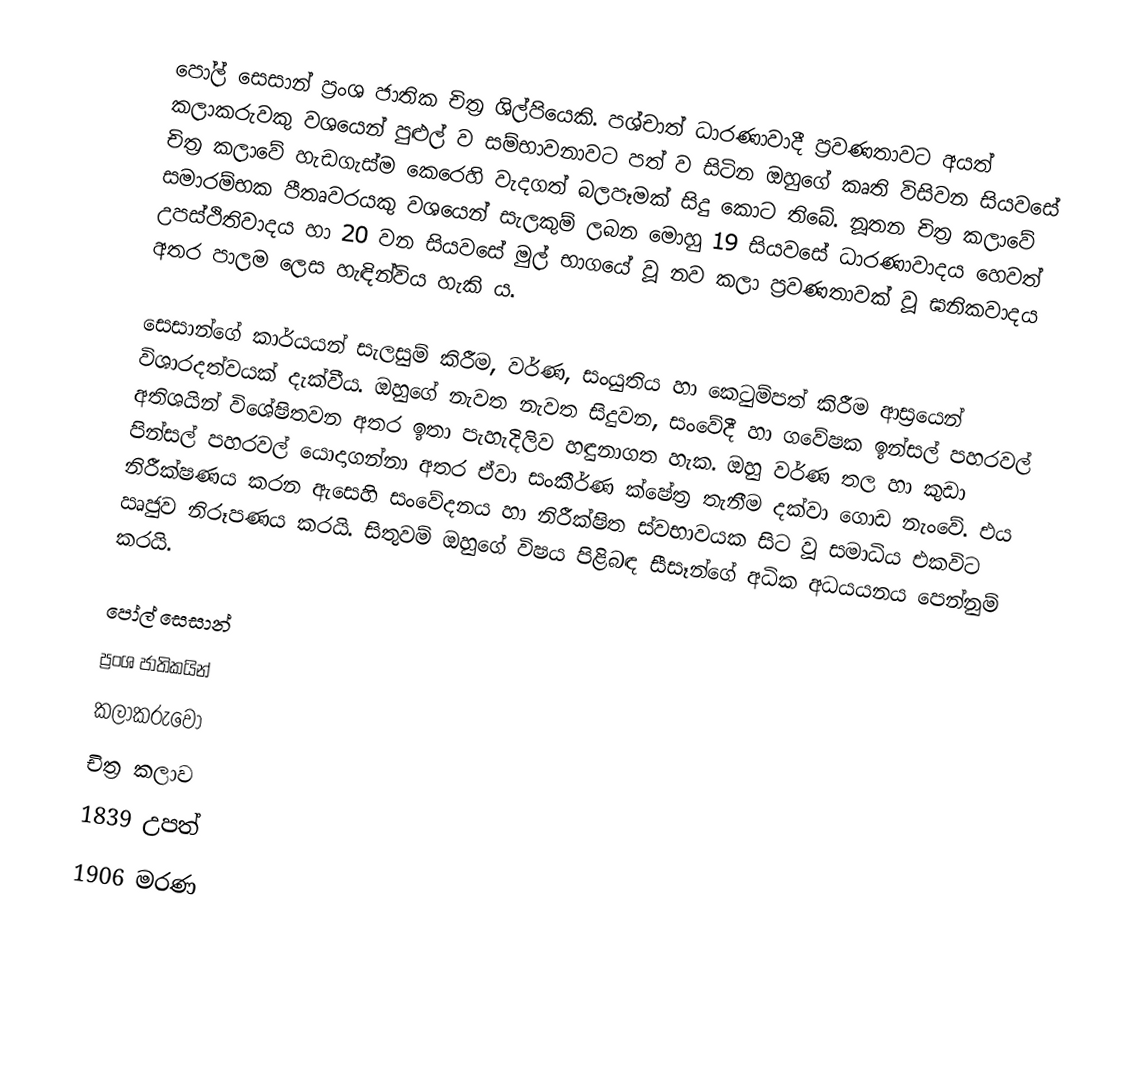
පෝල් සෙසාන් ප්‍රංශ ජාතික චිත්‍ර ශිල්පියෙකි. පශ්චාත් ධාරණාවාදී ප්‍රවණතාවට අයත් කලාකරුවකු වශයෙන් පුළුල් ව සම්භාවනාවට පත් ව සිටින ඔහුගේ කෘති විසිවන සියවසේ චිත්‍ර කලාවේ හැඩගැස්ම කෙරෙහි වැදගත් බලපෑමක් සිදු කොට තිබේ. නූතන චිත්‍ර කලාවේ සමාරම්භක පීතෘවරයකු වශයෙන් සැලකුම් ලබන මොහු 19 සියවසේ ධාරණාවාදය හෙවත් උපස්ථිතිවාදය හා 20 වන සියවසේ මුල් භාගයේ වූ නව කලා ප්‍රවණතාවක් වූ ඝනිකවාදය අතර පාලම ලෙස හැඳින්විය හැකි ය.

සෙසාන්ගේ කාර්යයන් සැලසුම් කිරීම, වර්ණ, සංයුතිය හා කෙටුම්පත් කිරීම ආස්‍රයෙන් විශාරදත්වයක් දැක්වීය. ඔහුගේ නැවත නැවත සිදුවන, සංවේදී හා ගවේෂක ඉන්සල් පහරවල් අතිශයින් විශේෂිතවන අතර ඉතා පැහැදිලිව හඳුනාගත හැක. ඔහු වර්ණ තල හා කුඩා පින්සල් පහරවල් යොදාගන්නා අතර ඒවා සංකීර්ණ ක්ෂේත්‍ර තැනීම දක්වා ගොඩ නැංවේ. එය නිරීක්ෂණය කරන ඇසෙහි සංවේදනය හා නිරීක්ෂිත ස්වභාවයක සිට වූ සමාධිය එකවිට ඍජුව නිරූපණය කරයි. සිතුවම් ඔහුගේ විෂය පිළිබඳ සීසෑන්ගේ අධික අධයයනය පෙන්නුම් කරයි.

පෝල් සෙසාන්
ප්‍රංශ ජාතිකයින්
කලාකරුවෝ
චිත්‍ර කලාව
1839 උපත්
1906 මරණ